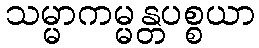
သမ္မာကမ္မန္တပစ္စယာ